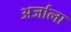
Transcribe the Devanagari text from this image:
अर्जाला